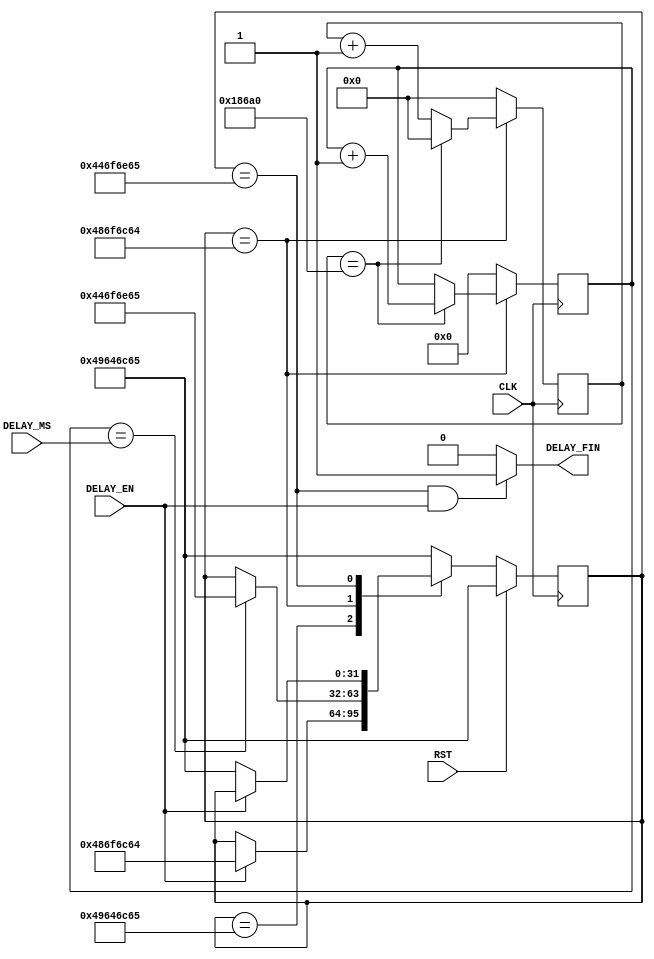
module Delay_2(
    CLK,
    RST,
    DELAY_MS,
    DELAY_EN,
    DELAY_FIN
    );
    input CLK;
    input RST;
    input [11:0] DELAY_MS;
    input DELAY_EN;
    output DELAY_FIN;
	wire DELAY_FIN;
	reg [31:0] current_state = "Idle";						
	reg [16:0] clk_counter = 17'b00000000000000000;		
	reg [11:0] ms_counter = 12'h000;							
	assign DELAY_FIN = (current_state == "Done" && DELAY_EN == 1'b1) ? 1'b1 : 1'b0;
	always @(posedge CLK) begin
			if(RST == 1'b1) begin
					current_state <= "Idle";
			end
			else begin
					case(current_state)
							"Idle" : begin
									if(DELAY_EN == 1'b1) begin
											current_state <= "Hold";
									end
							end
							"Hold" : begin
									if(ms_counter == DELAY_MS) begin
											current_state <= "Done";
									end
							end
							"Done" : begin
									if(DELAY_EN == 1'b0) begin
											current_state <= "Idle";
									end
							end
							default : current_state <= "Idle";
					endcase
			end
	end
	always @(posedge CLK) begin
			if(current_state == "Hold") begin
					if(clk_counter == 17'b11000011010100000) begin		
							clk_counter <= 17'b00000000000000000;
							ms_counter <= ms_counter + 1'b1;					
					end
					else begin
							clk_counter <= clk_counter + 1'b1;
					end
			end
			else begin																
					clk_counter <= 17'b00000000000000000;
					ms_counter <= 12'h000;
			end
	end
endmodule